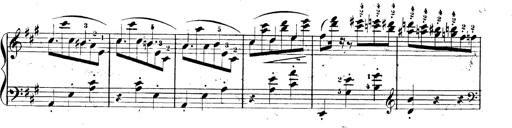
Title: 3 Caprices-Valses
Composer: Franz Liszt